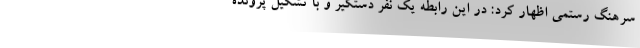
سرهنگ رستمی اظهار کرد: در این رابطه یک نفر دستگیر و با تشکیل پرونده